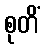
စုတိံ